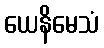
ယေနိမေသံ